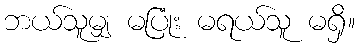
ဘယ်သူမျှ မပြုံး မရယ်သူ မရှိ။